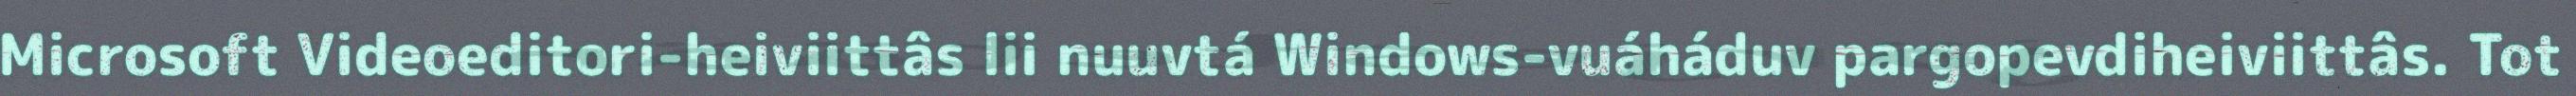
Microsoft Videoeditori-heiviittâs lii nuuvtá Windows-vuáháduv pargopevdiheiviittâs. Tot